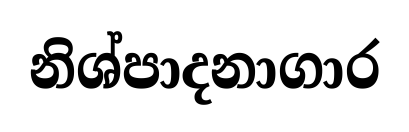
නිශ්පාදනාගාර